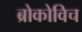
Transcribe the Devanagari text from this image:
ब्रोकोविच